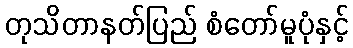
တုသိတာနတ်ပြည် စံတော်မူပုံနှင့်